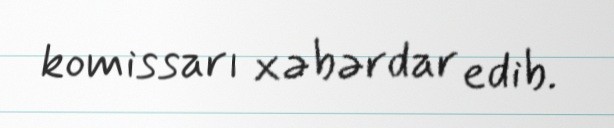
komissarı xəbərdar edib.